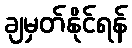
ချမှတ်နိုင်ရန်